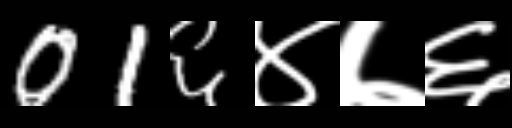
Text: 01६४७६